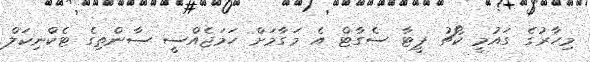
މިހާރުގެ ގައުމީ ކޯޗު ޕީޓާ ސެގާޓް އެ މަގާމަށް ހަމަޖެއްސީ ސާންތިގެ ޓެކްނިކަލް